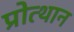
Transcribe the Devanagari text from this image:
प्रोत्थान